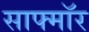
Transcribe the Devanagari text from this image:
साफ्मॉर